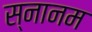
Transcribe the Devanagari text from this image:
स्नानम